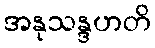
အနုသန္ဒဟတိ